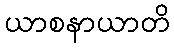
ယာစနာယာတိ